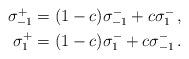
LaTeX: \begin{align*}\begin{aligned}\sigma^+_{-1} &= (1-c) \sigma^-_{-1} +c \sigma^-_1\,, \\\sigma^+_{1} &= (1-c)\sigma^-_{1} +c \sigma^-_{-1} \,.\end{aligned}\end{align*}